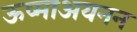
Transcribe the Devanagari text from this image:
ऊष्माअयनन